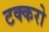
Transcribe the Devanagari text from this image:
टक्करो